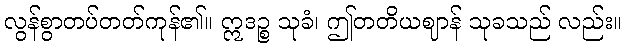
လွန်စွာတပ်တတ်ကုန်၏။ ဣဒဉ္စ သုခံ၊ ဤတတိယဈာန် သုခသည် လည်း။